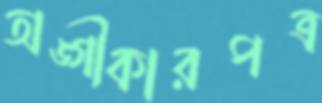
অঙ্গীকারপত্র